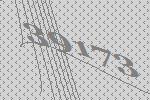
39173